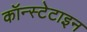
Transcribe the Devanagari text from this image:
कॉन्स्टेटाइन